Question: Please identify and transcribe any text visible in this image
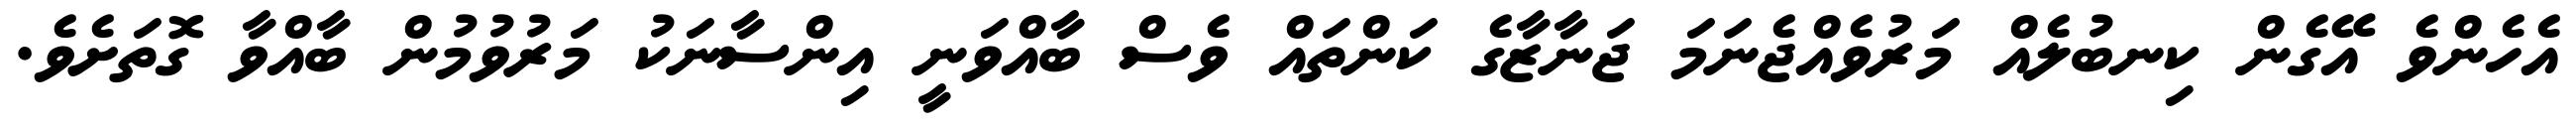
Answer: އެހެންވެ އޭގެން ކިނބުލެއް މަރުވެއްޖެނަމަ ޖަނާޒާގެ ކަންތައް ވެސް ބާއްވަނީ އިންސާނަކު މަރުވުމުން ބާއްވާ ގޮތަށެވެ.